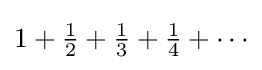
{\textstyle 1+{\frac {1}{2}}+{\frac {1}{3}}+{\frac {1}{4}}+\cdots }